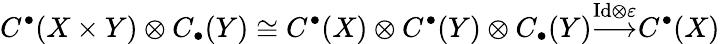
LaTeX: C^{\bullet}(X\times Y)\otimes C_{\bullet}(Y)\cong C^{\bullet}(X)\otimes C^{\bullet}(Y)\otimes C_{\bullet}(Y){\overset{\mathrm{Id}\otimes\varepsilon}{\longrightarrow}}C^{\bullet}(X)